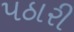
પઠારી